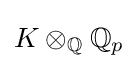
K\otimes _{\mathbb {Q} }\mathbb {Q} _{p}